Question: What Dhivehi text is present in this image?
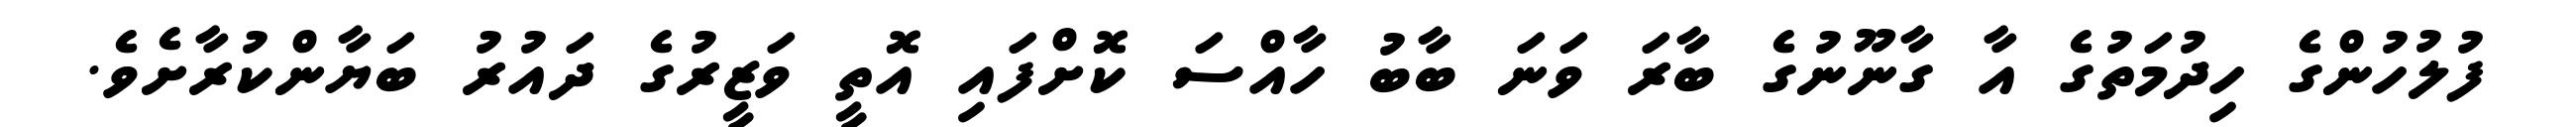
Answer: ފުލުހުންގެ ހިދުމަތުގެ އާ ގާނޫނުގެ ބާރަ ވަނަ ބާބު ހާއްސަ ކޮށްފައި އޮތީ ވަޒީރުގެ ދައުރު ބަޔާންކުރާށެވެ.